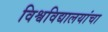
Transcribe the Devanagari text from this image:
विश्वविद्यालयांचा